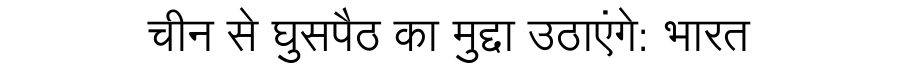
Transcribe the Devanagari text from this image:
चीन से घुसपैठ का मुद्दा उठाएंगे: भारत